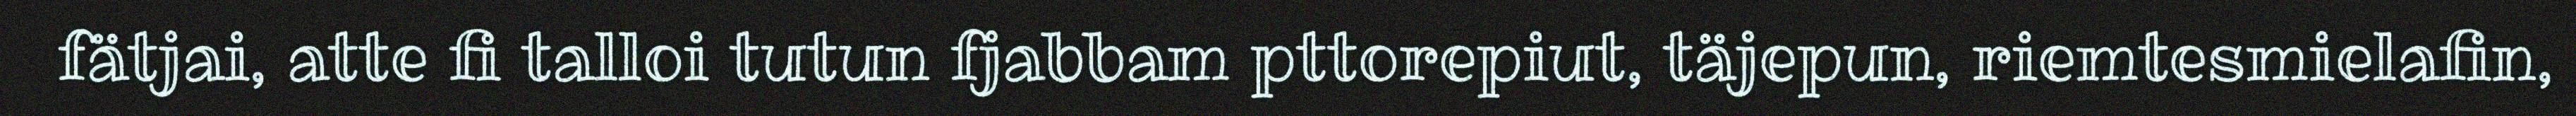
fätjai, atte fi talloi tutun fjabbam pttorepiut, täjepun, riemtesmielafin,